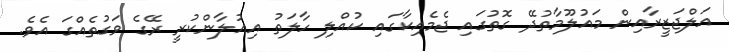
އަލްޖަޒީރާއިން މައުލޫމާތުދޭ ގޮތުގައި ޖެމެއިކާގައި ކުއްލި ހާލަތު އިއުލާންކުރީ ރޭގެ ވަގުތެއްގަ އެވެ.